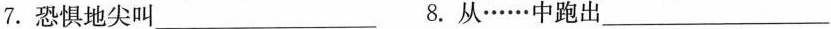
7.恐惧地尖叫___ 8.从……中跑出___